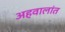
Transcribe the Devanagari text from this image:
अहवालांत